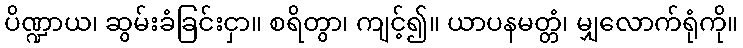
ပိဏ္ဍာယ၊ ဆွမ်းခံခြင်းငှာ။ စရိတွာ၊ ကျင့်၍။ ယာပနမတ္တံ၊ မျှလောက်ရုံကို။